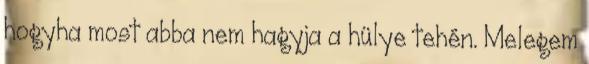
hogyha most abba nem hagyja a hülye tehén. Melegem